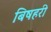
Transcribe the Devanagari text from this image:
बिषहरी